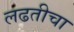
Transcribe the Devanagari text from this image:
लढतीचा